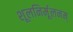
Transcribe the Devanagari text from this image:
शूलनिर्मूलनम्